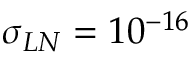
\sigma _ { L N } = 1 0 ^ { - 1 6 }